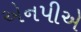
એનપીએ